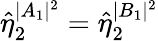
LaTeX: \hat{\eta}_{2}^{|A_{1}|^{2}}=\hat{\eta}_{2}^{|B_{1}|^{2}}